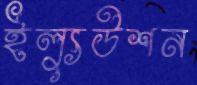
ইল্যুউশন